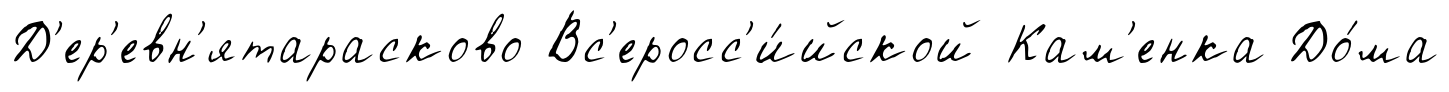
Д'ер'евн'ятарасково Вс'еросс'и́йской Кам'енка До́ма